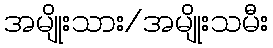
အမျိုးသား/အမျိုးသမီး